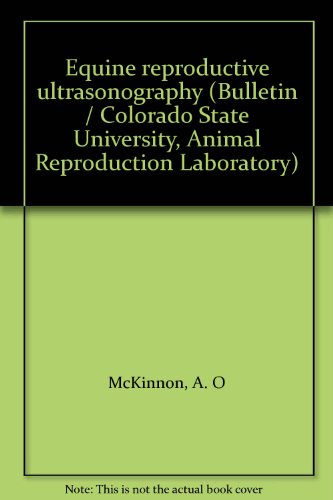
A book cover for Equine reproductive ultrasonography (Bulletin / Colorado State University, Animal Reproduction Laboratory); A. O McKinnon; Medical Books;